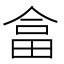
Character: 畣